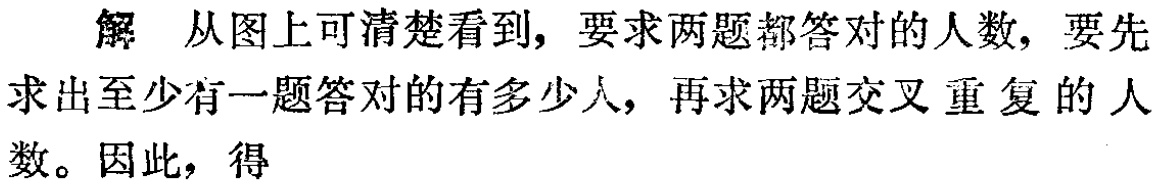
解 从图上可清楚看到，要求两题都答对的人数，要先求出至少有一题答对的有多少人，再求两题交叉重复的人数。因此，得